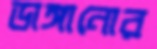
ডাঙ্গানোর